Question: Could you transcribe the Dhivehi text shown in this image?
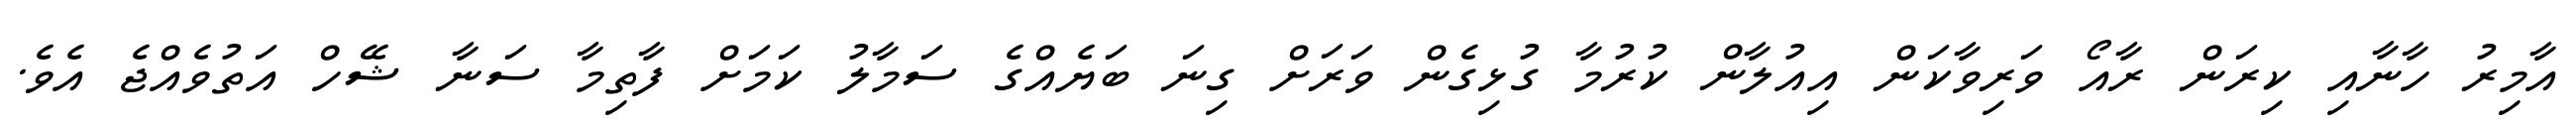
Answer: އާމިރު ހާނާއި ކިރަން ރާއޯ ވަރިވާކަން އިއުލާން ކުރުމާ ގުޅިގެން ވަރަށް ގިނަ ބަޔެއްގެ ސަމާލު ކަމަށް ފާތިމާ ސަނާ ޝޭހް އަތުވެއްޖެ އެވެ.